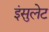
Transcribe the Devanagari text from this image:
इंसुलेट